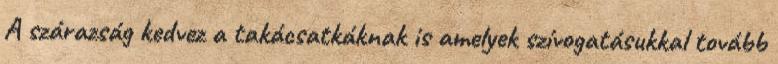
A szárazság kedvez a takácsatkáknak is amelyek szívogatásukkal tovább